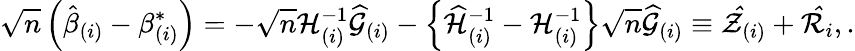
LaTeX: \sqrt{n}\left(\hat{\beta}_{(i)}-\beta_{(i)}^{\ast}\right)=-\sqrt{n}\mathcal{H}_{(i)}^{-1}\widehat{\mathcal{G}}_{(i)}-\left\{ \widehat{\mathcal{H}}_{(i)}^{-1}-\mathcal{H}_{(i)}^{-1}\right\} \sqrt{n}\widehat{\mathcal{G}}_{(i)}\equiv\mathcal{\hat{Z}}_{(i)}+\mathcal{\hat{R}}_{i},.